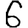
Digit: 6